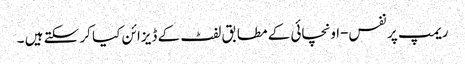
ریمپ پر نفس-اونچائی کے مطابق لفٹ کے ڈیزائن کیا کر سکتے ہیں ۔